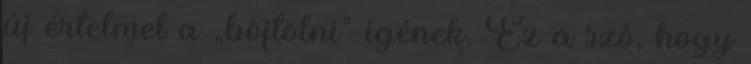
új értelmet a „böjtölni” igének. Ez a szó, hogy